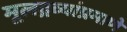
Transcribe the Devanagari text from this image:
मूलद्रव्यांप्रमाणे